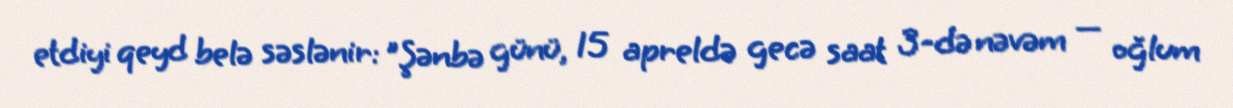
etdiyi qeyd belə səslənir: "Şənbə günü, 15 apreldə gecə saat 3-də nəvəm — oğlum